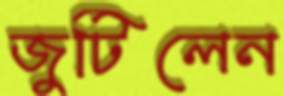
জুটিলেন